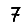
Digit: 7